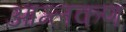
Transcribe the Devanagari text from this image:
आम्लकण